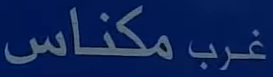
مكناس غرب